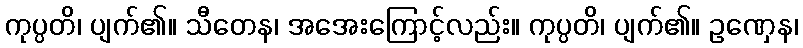
ကုပ္ပတိ၊ ပျက်၏။ သီတေန၊ အအေးကြောင့်လည်း။ ကုပ္ပတိ၊ ပျက်၏။ ဥဏှေန၊